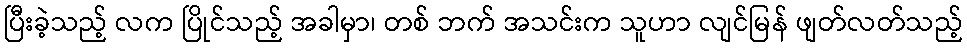
ပြီးခဲ့သည့် လက ပြိုင်သည့် အခါမှာ၊ တစ် ဘက် အသင်းက သူဟာ လျင်မြန် ဖျတ်လတ်သည့်